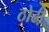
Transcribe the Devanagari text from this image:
ठोढी़